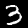
Label: 3